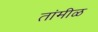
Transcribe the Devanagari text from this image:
तांमीळ